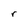
Character: r